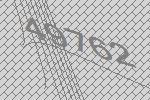
49762